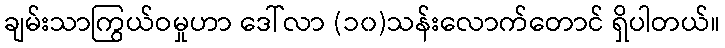
ချမ်းသာကြွယ်ဝမှုဟာ ဒေါ်လာ (၁၀)သန်းလောက်တောင် ရှိပါတယ်။